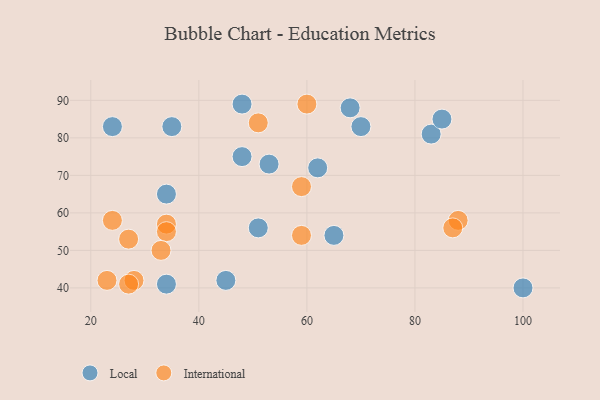
{"axis": {"x": "GDP", "y": "Life Expectancy"}, "legend": ["International", "Local"], "data": [{"x": "70", "y": 83, "type": "Local"}, {"x": "48", "y": 75, "type": "Local"}, {"x": "24", "y": 83, "type": "Local"}, {"x": "62", "y": 72, "type": "Local"}, {"x": "34", "y": 41, "type": "Local"}, {"x": "68", "y": 88, "type": "Local"}, {"x": "34", "y": 65, "type": "Local"}, {"x": "83", "y": 81, "type": "Local"}, {"x": "100", "y": 40, "type": "Local"}, {"x": "65", "y": 54, "type": "Local"}, {"x": "45", "y": 42, "type": "Local"}, {"x": "53", "y": 73, "type": "Local"}, {"x": "48", "y": 89, "type": "Local"}, {"x": "85", "y": 85, "type": "Local"}, {"x": "35", "y": 83, "type": "Local"}, {"x": "51", "y": 56, "type": "Local"}, {"x": "28", "y": 42, "type": "International"}, {"x": "60", "y": 89, "type": "International"}, {"x": "59", "y": 67, "type": "International"}, {"x": "34", "y": 57, "type": "International"}, {"x": "34", "y": 55, "type": "International"}, {"x": "88", "y": 58, "type": "International"}, {"x": "51", "y": 84, "type": "International"}, {"x": "33", "y": 50, "type": "International"}, {"x": "23", "y": 42, "type": "International"}, {"x": "27", "y": 41, "type": "International"}, {"x": "87", "y": 56, "type": "International"}, {"x": "24", "y": 58, "type": "International"}, {"x": "59", "y": 54, "type": "International"}, {"x": "27", "y": 53, "type": "International"}]}